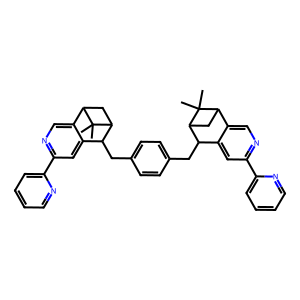
SMILES: CC1(C)C2CC1C(Cc1ccc(CC3c4cc(-c5ccccn5)ncc4C4CC3C4(C)C)cc1)c1cc(-c3ccccn3)ncc12
Inhibits HIV replication: No